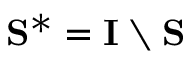
\mathbf { S } ^ { \ast } = \mathbf { I } \setminus \mathbf { S }